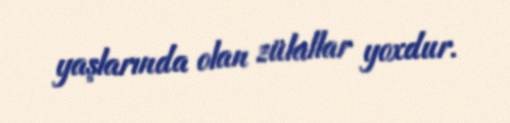
yaşlarında olan zülallar yoxdur.